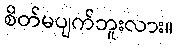
စိတ်မပျက်ဘူးလား။